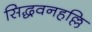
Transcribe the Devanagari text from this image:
सिद्धवनहल्लि